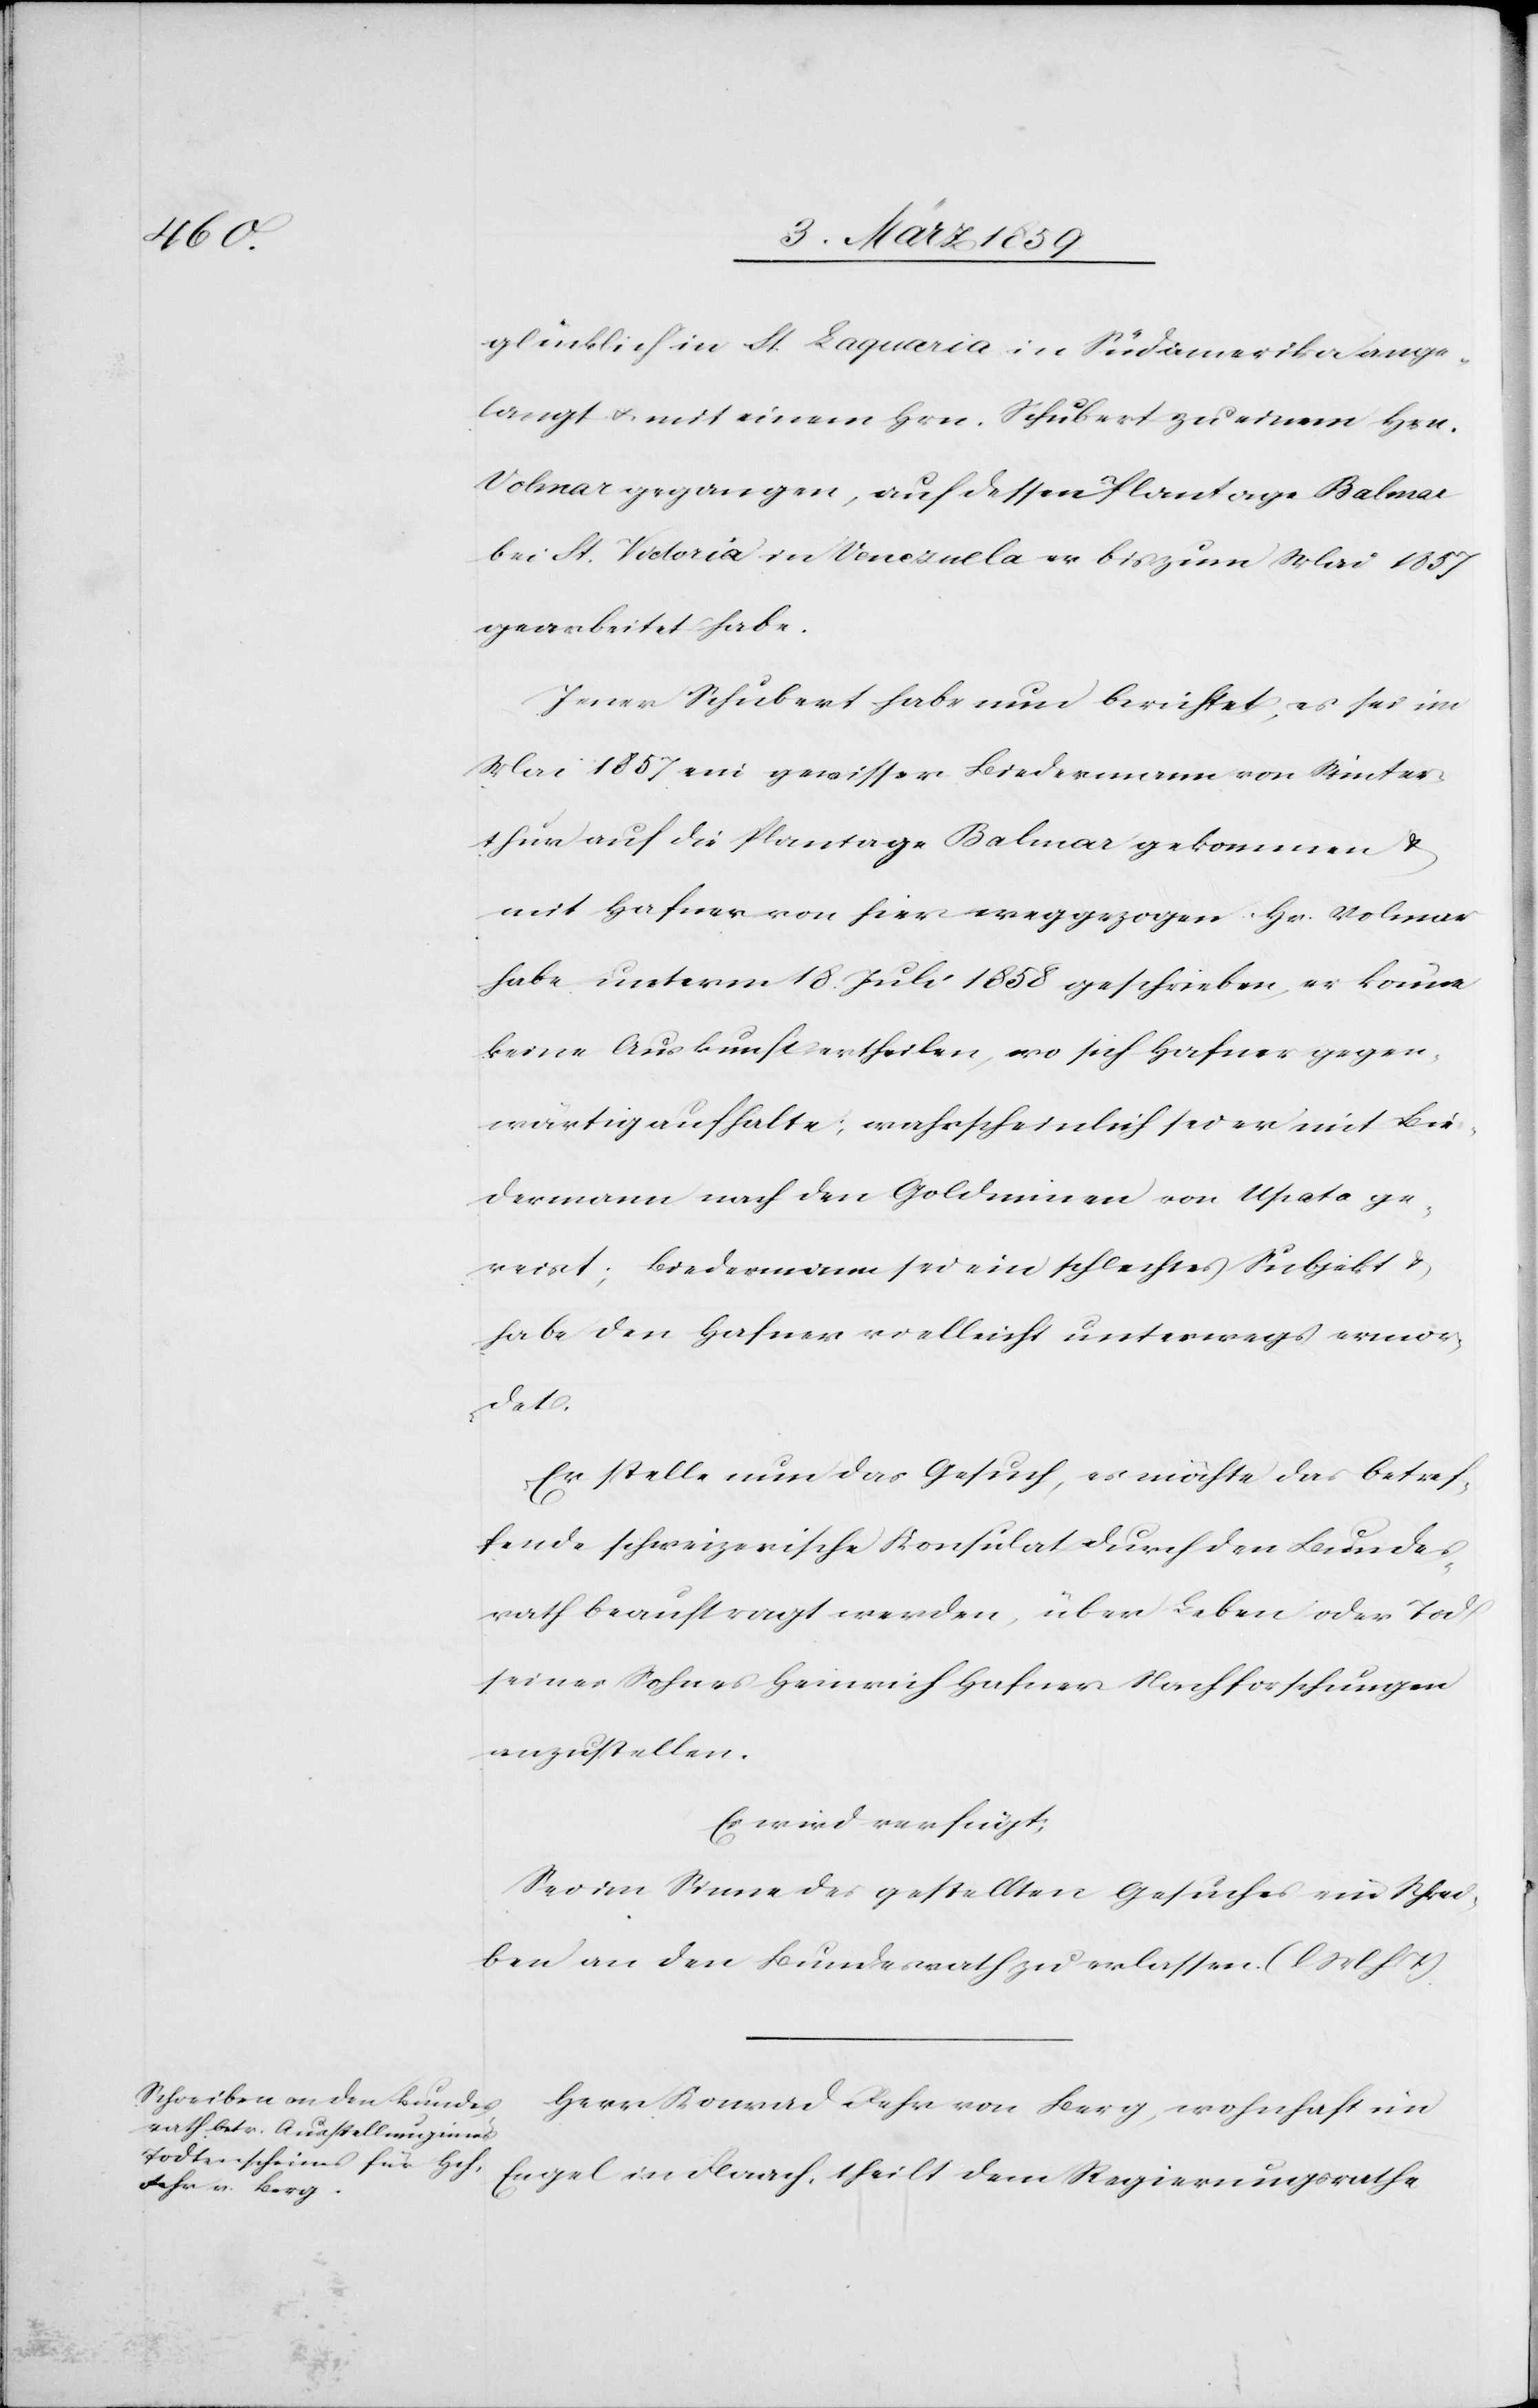
glücklich in St. Laquaria in Südamerika ange¬
langt u. mit einem Hrn. Schubert zu einem Hrn.
Volmar gegangen, auf dessen Plantage Balmar
bei St. Victoria in Venezuela er bis zum Mai 1857
gearbeitet habe.
Jener Schubert habe nun berichtet, es sei im
Mai 1857 ein gewisser Biedermann von Winter¬
thur auf die Plantage Balmar gekommen &
mit Hafner von hier weggezogen. Hr. Volmar
habe unterm 18. Juli 1858 geschrieben, er könne
keine Auskunft ertheilen, wo sich Hafner gegen¬
wärtig aufhalte; wahrscheinlich sei er mit Bie¬
dermann nach den Goldminen von Upata ge¬
reist; Biedermann sei ein schlechtes Subjekt &
habe den Hafner vielleicht unterwegs ermor¬
den
Er stelle nun das Gesuch, es möchte das betref¬
fende schweizerische Konsulat durch den Bundes¬
rath beauftragt werden, über Leben oder Tod
seines Sohnes Heinrich Hafner Nachforschungen
anzustellen.
Es wird verfügt:
Sei im Sinne des gestellten Gesuches ein Schrei¬
ben an den Bundesrath zu erlassen. (l. M. h. T.)
Herr Konrad Fehr von Berg, wohnhaft im
Engel in Flaach, theilt dem Regierungsrathe